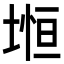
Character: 𡍷